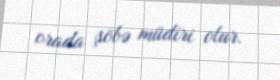
orada şöbə müdiri olur.